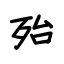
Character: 殆